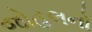
જોહલનો